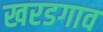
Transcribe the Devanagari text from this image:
खरडगाव